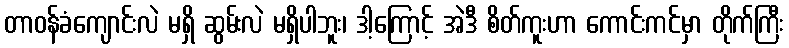
တာဝန်ခံကျောင်းလဲ မရှိ ဆွမ်းလဲ မရှိပါဘူး၊ ဒါ့ကြောင့် အဲဒီ စိတ်ကူးဟာ ကောင်းကင်မှာ တိုက်ကြီး